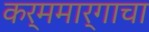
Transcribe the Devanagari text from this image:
कर्ममार्गाचा